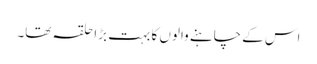
اس کے چاہنے والوں کا بہت بڑا حلقہ تھا۔